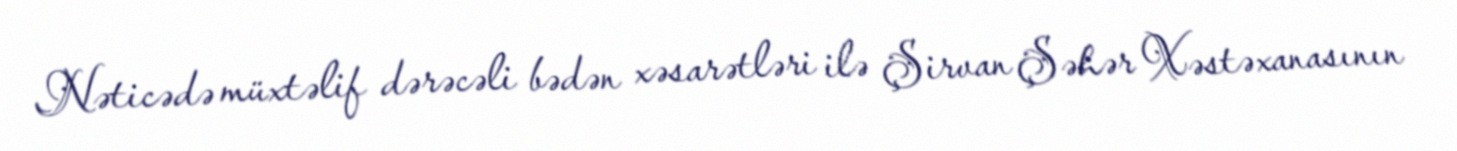
Nəticədə müxtəlif dərəcəli bədən xəsarətləri ilə Şirvan Şəhər Xəstəxanasının